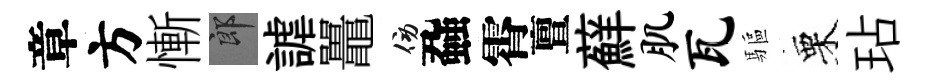
章方慚郎謔鼉傍蝨霄亶蘚肌瓦驅栗玷